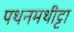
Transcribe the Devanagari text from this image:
पथनमथीट्टा